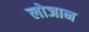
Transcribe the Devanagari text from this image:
लोजान